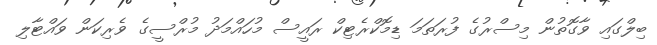
ބިލްގައި ވާގޮތުން މިސްރުގެ ފުރަތަމަ ޑިމޮކްރެޓިކް ރައީސް މުހައްމަދު މުރްސީގެ ވެރިކަން ވައްޓާލި